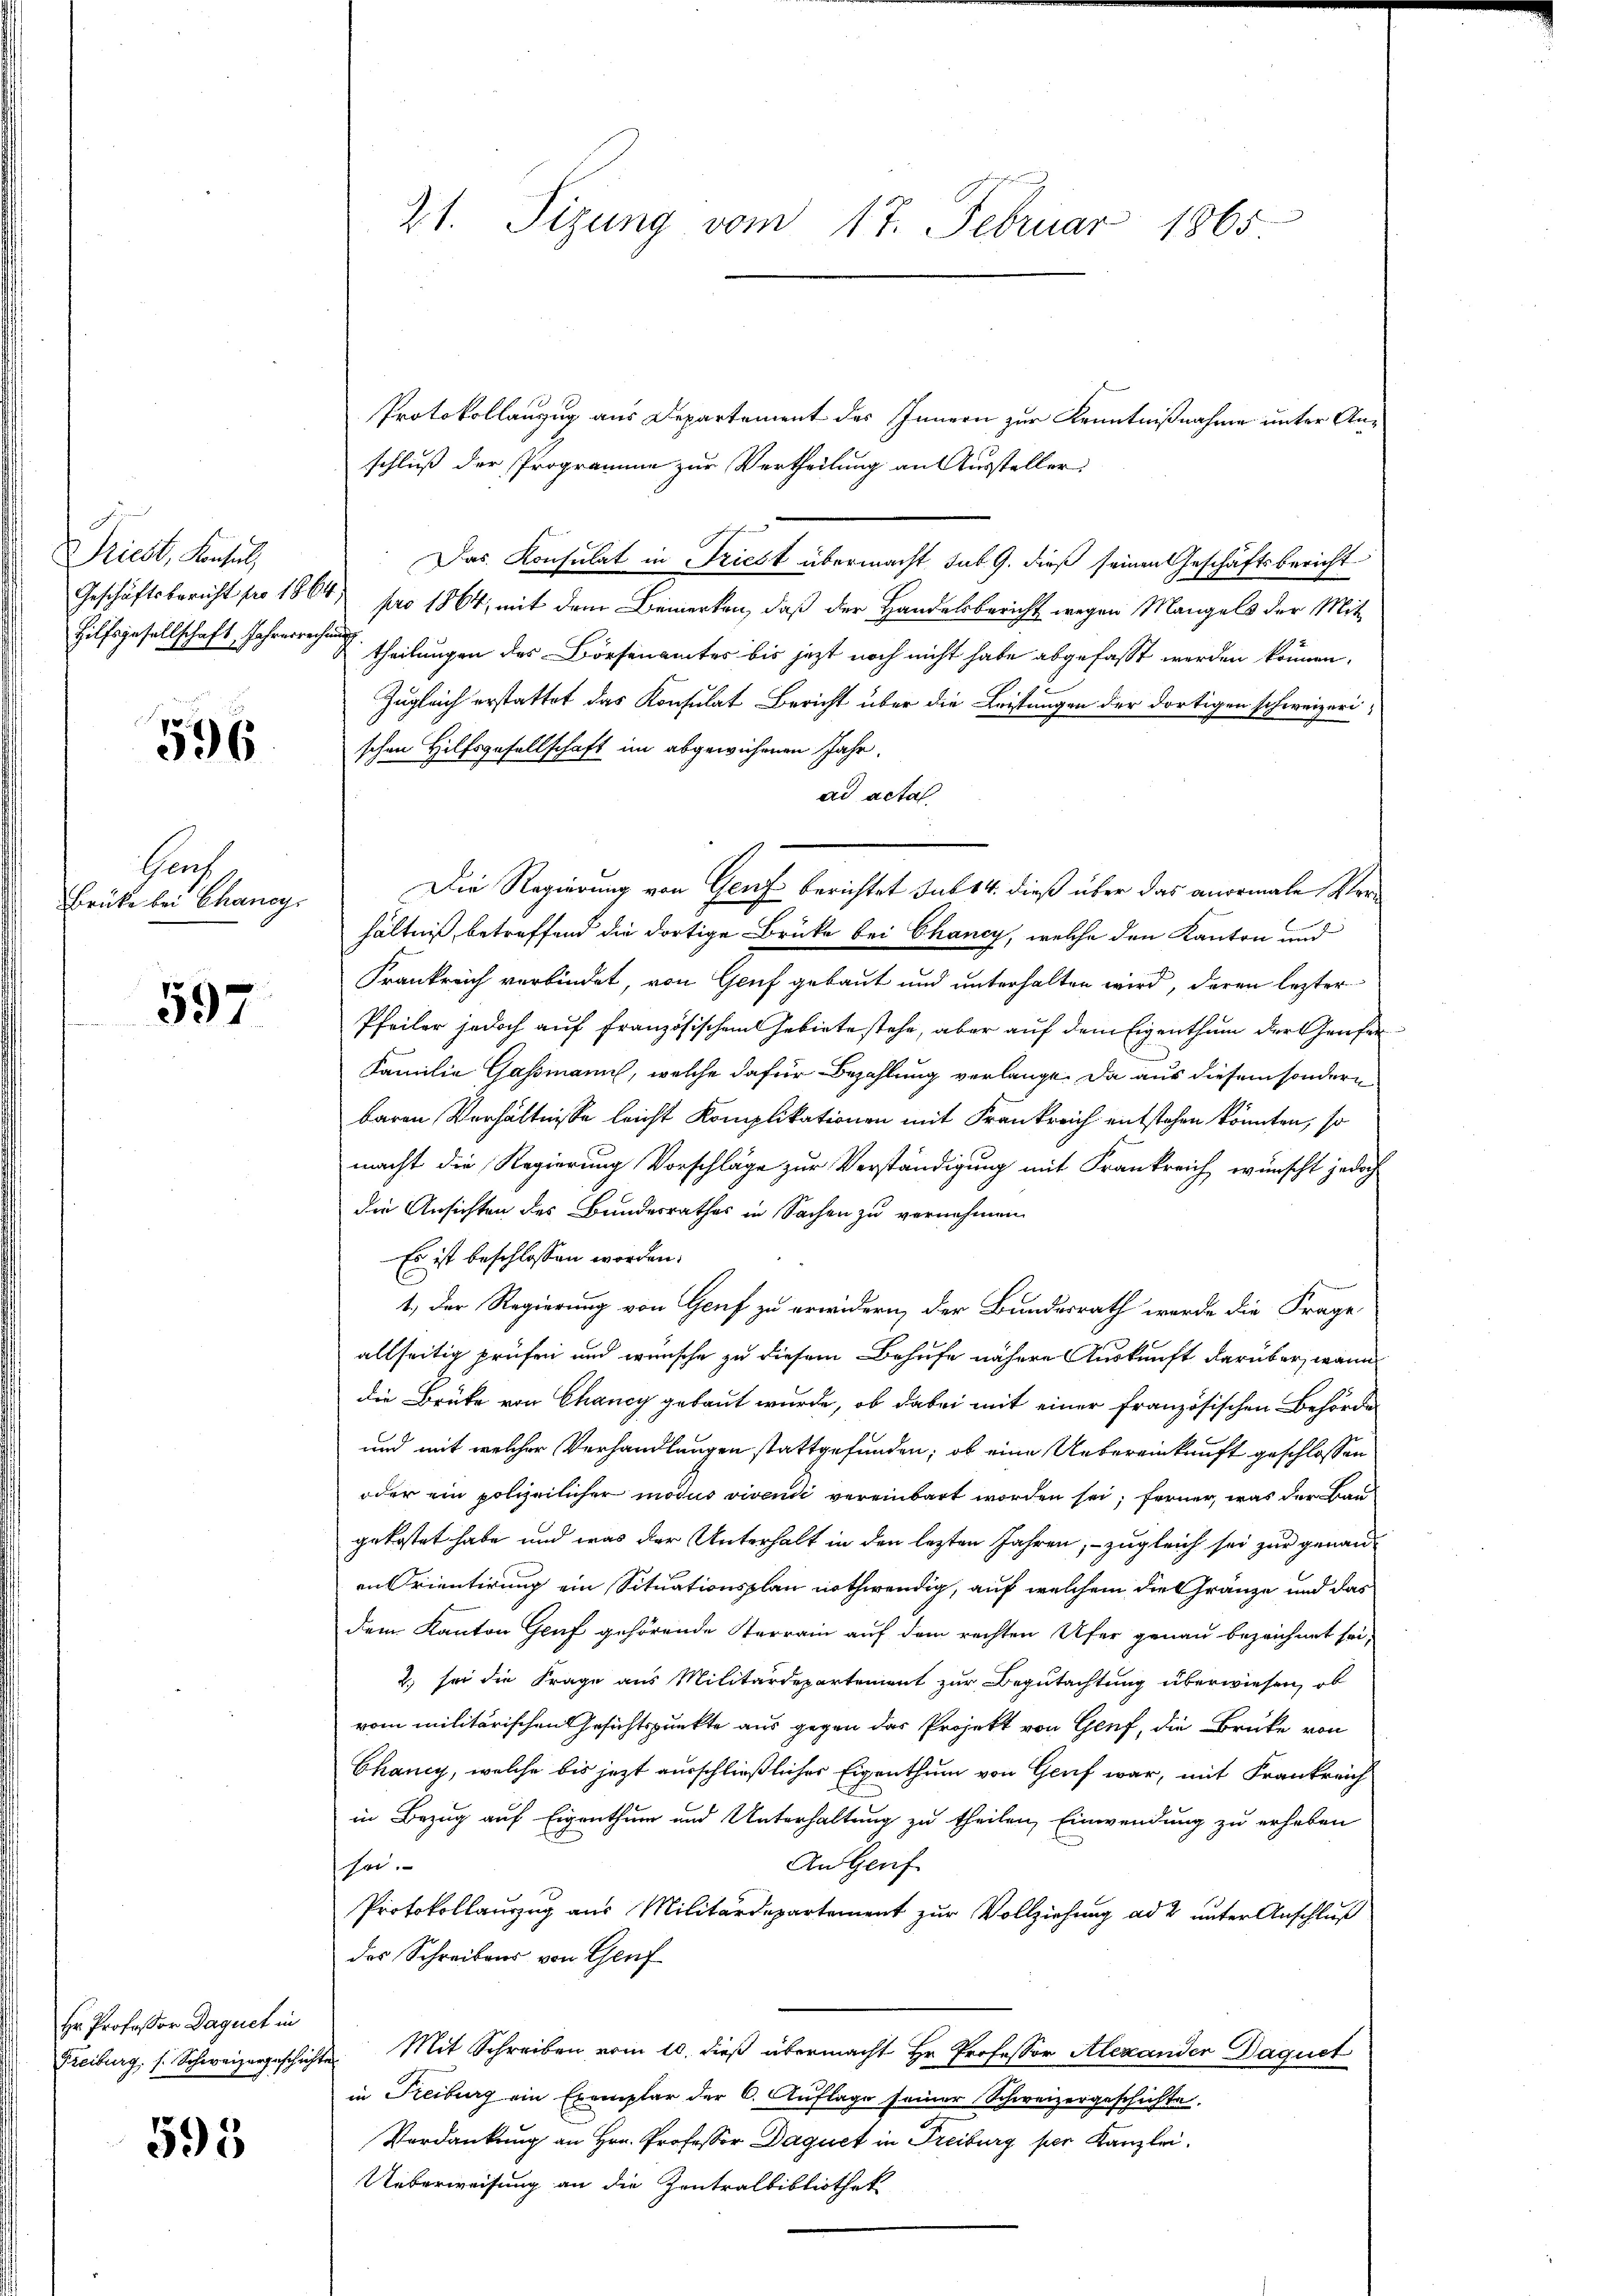
Priest, Konsul
Geschäftsbericht pro 186
Hilfsgesellschaft, Jahresreche

596

Hauf
Brüke bei Chancy

597

Hr. Professor Daquet in
Freiburg, s. Schweizergeschicht

595

41. Sizung vom 17. Februar 1865.

Protokollanzug aus Departement des Innern zur Kenntnißnahme unter Anschluß der Programme zur Vertheilung an Aussteller
Das Konsulat in Triest übermacht sub 9. dieß seinen Geschäftsbericht
.
pro 1864, mit dem Bemerken, daß der Handelsbericht wegen Mangels der Mit
u
theilungen der Börsenamtes bis jetzt noch nicht habe abgefasst werden können.
Zugleich erstattet das Konsulat Bericht über die Leistungen der dortigen schweizerischen Hilfsgesellschaft im abgewiesenen Jahr.
ad acta
Die Regierung von Genf berichtet sub 14. dieß über das anormale Verhältniß, betreffend die dortige Brücke bei Chancy, welche den Kanton und
Frankreich verbindet, von Genf gebaut und unterhalten wird, deren lezter
Pfeiler jedoch auf französischem Gebiete stehe, aber auf dem Eigenthum der Genfer
Familie Gassmann, welche dafür Bezahlung verlange. Da aus diesem sondern
baren Verhältnisse leicht Komplikationen mit Frankreich entstehen könnten, so
macht die Regierung Vorschläge zur Verständigung mit Frankreich wünscht jedoch
die Ansichten des Bundesrathes in Sachen zu vernehmen.
Es ist beschlossen worden.
1. Der Regierung von Genf zu erwidern, der Bundesrath werde die Frage
allseitig prüfen und wünsche zu diesem Behufe nähere Auskunft darüber, wann
die Brüke von Chancy gebaut wurde, ob dabei mit einer französischen Behörde
und mit welcher Verhandlungen stattgefunden; ob eine Uebereinkunft geschlossen
oder ein polizeilicher modus vivendi vereinbart worden sei; ferner, was der Baugekostet habe und was der Unterhalt in den letzten Jahren, – zugleich sei zur genannan Orientirung ein Situationsplan nothwendig, auf welchem die Gränze und das
dem Kanton Gruf gehörende Sterrain auf dem rechten Ufer genau bezeichnet sei,
2) sei die Frage aus Militärdepartement zur Begutachtung überwiesen, ob
vom militärischen Gesichtspunkte aus gegen das Projekt von Genf, die Brücke von
Chancy, welche bis jetzt ausschließlicher Eigenthum von Genf war, mit Frankreich
in Bezug auf Eigenthum und Unterhaltung zu theilen, Einwendung zu erheben
An Genf
sei.
Protokollauszug aus Militärdepartement zur Vollziehung ad 2 unter Anschluß
des Schreibens von Genf
Mit Schreiben vom 10. dieß übermacht Hr. Professor Alexander Daquet
in Freiburg ein Exemplar der C. Auflage seiner Schweizergeschichte.
Verdankung an Hrn. Professor Daquet in Freiburg per Kanzlei.
Ueberweisung an die Zentralbibliothek